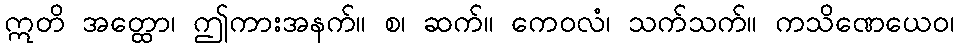
ဣတိ အတ္ထော၊ ဤကားအနက်။ စ၊ ဆက်။ ကေဝလံ၊ သက်သက်။ ကသိဏေယေဝ၊